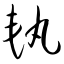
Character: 轨